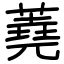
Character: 蕘